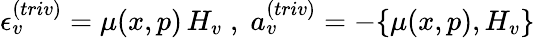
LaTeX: \epsilon_{v}^{(triv)}=\mu(x,p)\, H_{v}\; ,\; a_{v}^{(triv)}=-\{ \mu(x,p),H_{v}\}